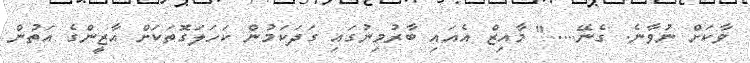
ވާކަށް ނުވާނެ. ގެނޭ....." މާއިޒް އެއައި ބާރުމިނުގައި ގަދަކަމުން ކަހަލަގޮތަކަށް އާޒީންގެ އަތުން